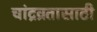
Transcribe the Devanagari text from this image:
चांद्रव्रतासाठी